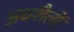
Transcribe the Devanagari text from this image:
अधशैलों